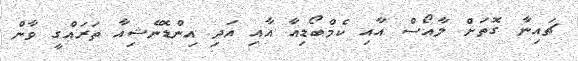
ޗައިނާ ގޮތަށް ލާއޯސް އާއި ކެމްބޯޑިއާ އާއި އަދި އިންޑޮނޭޝިއާ ތަރައްގީ ވާން